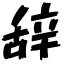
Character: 辞